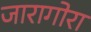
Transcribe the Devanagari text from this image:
जारागोरा